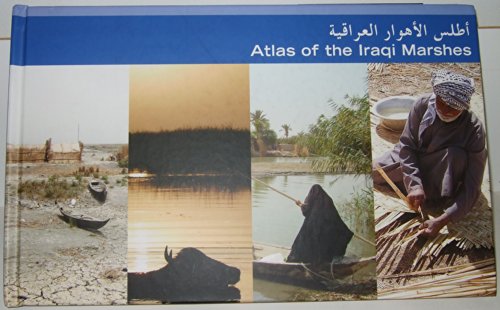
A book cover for Atlas of the Iraqi Marshes; Travel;